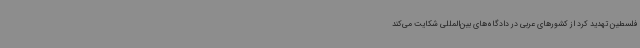
فلسطین تهدید کرد از کشورهای عربی در دادگاه‌های بین‌المللی شکایت می‌کند